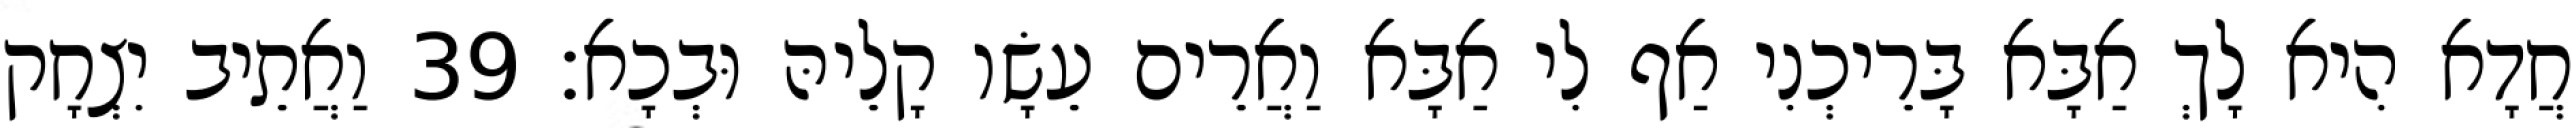
חֲדָא הִיא לָךְ אַבָּא בָּרֵיכְנִי אַף לִי אַבָּא וַאֲרֵים עֵשָׂו קָלֵיהּ וּבְכָא׃ 39 וַאֲתֵיב יִצְחָק